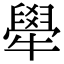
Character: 𤛱